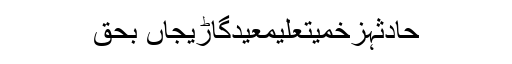
حادثہزخمیتعلیمعیدگاڑیجاں بحق